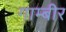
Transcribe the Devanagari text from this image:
गाम्बीर